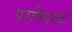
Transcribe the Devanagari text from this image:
परमिदमदः